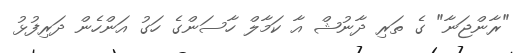
"ރާންޖަނާ" ގެ ތަރި ދާނުޝް އާ ކަމާލް ހާސަންގެ ހަގު އަންހެން ދަރިފުޅު